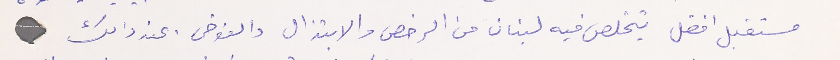
مستقبل افضل يتخلص فيه لبنان من الرخص والابتزال والفوضى.عند ذلك